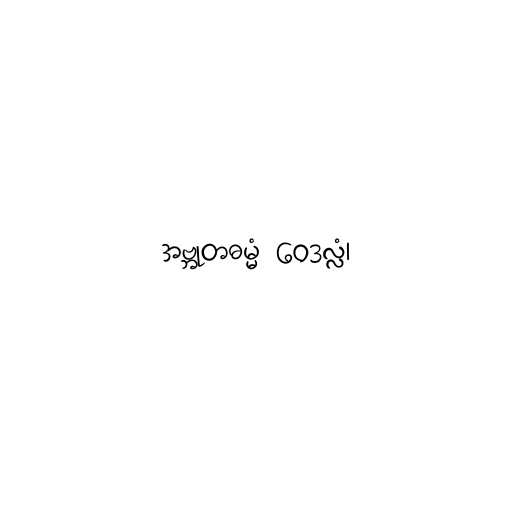
အဗ္ဘုတဓမ္မံ ဝေဒလ္လံ၊